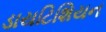
ડાયટિશિયન